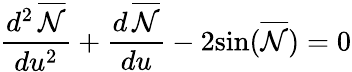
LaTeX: \frac{d^{2}\, \overline{{{\cal{N}}}}}{du^{2}}+\frac{d\, \overline{{{\cal{N}}}}}{du}-2{\sin}(\overline{{{\cal{N}}}})=0